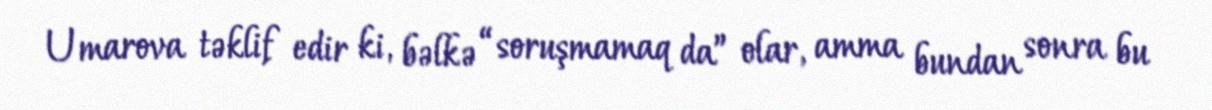
Umarova təklif edir ki, bəlkə “soruşmamaq da” olar, amma bundan sonra bu